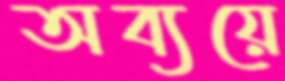
অব্যয়ে